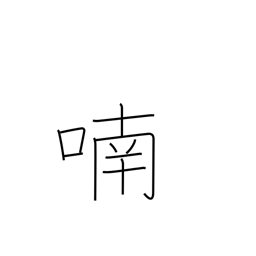
Meaning: chatter